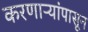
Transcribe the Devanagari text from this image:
करणाऱ्यांपासून